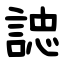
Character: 䛱